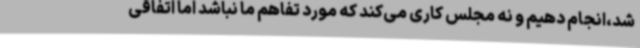
شد،انجام دهیم و نه مجلس کاری می‌کند که مورد تفاهم ما نباشد اما اتفاقی